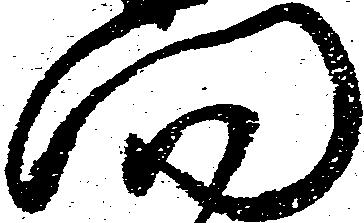
門